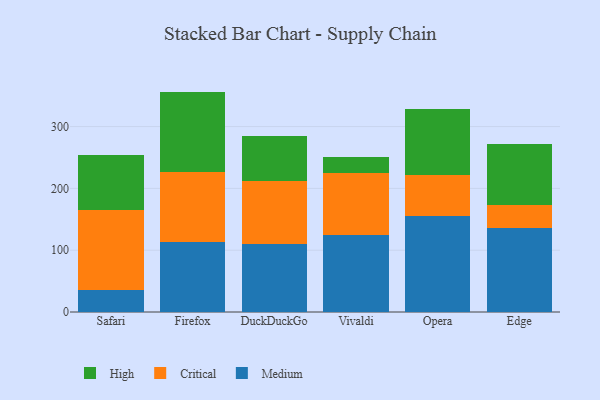
{"axis": {"x": "Browser", "y": "Inventory Turnover"}, "legend": ["Critical", "High", "Medium"], "data": [{"x": "Safari", "y": 36.0, "type": "Medium"}, {"x": "Safari", "y": 128.3, "type": "Critical"}, {"x": "Safari", "y": 89.9, "type": "High"}, {"x": "Firefox", "y": 112.6, "type": "Medium"}, {"x": "Firefox", "y": 113.7, "type": "Critical"}, {"x": "Firefox", "y": 130.3, "type": "High"}, {"x": "DuckDuckGo", "y": 109.5, "type": "Medium"}, {"x": "DuckDuckGo", "y": 103.0, "type": "Critical"}, {"x": "DuckDuckGo", "y": 72.8, "type": "High"}, {"x": "Vivaldi", "y": 124.0, "type": "Medium"}, {"x": "Vivaldi", "y": 101.4, "type": "Critical"}, {"x": "Vivaldi", "y": 25.8, "type": "High"}, {"x": "Opera", "y": 155.4, "type": "Medium"}, {"x": "Opera", "y": 67.0, "type": "Critical"}, {"x": "Opera", "y": 105.7, "type": "High"}, {"x": "Edge", "y": 136.5, "type": "Medium"}, {"x": "Edge", "y": 36.9, "type": "Critical"}, {"x": "Edge", "y": 98.7, "type": "High"}]}